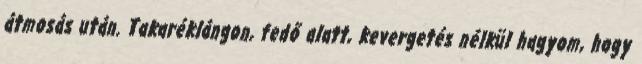
átmosás után. Takaréklángon, fedő alatt, kevergetés nélkül hagyom, hogy